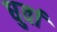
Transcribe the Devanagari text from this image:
धुर्वा